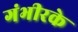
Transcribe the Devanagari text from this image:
गंभीरके